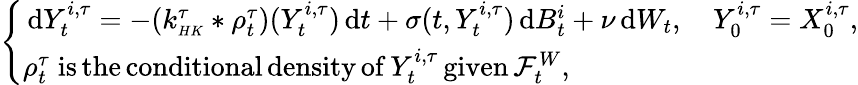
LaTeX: \begin{array}{r}{\left\{ \begin{array}{ll}{\, \mathrm{d}Y_{t}^{i,\tau}=-(k_{\scriptscriptstyle{HK}}^{\tau}*\rho_{t}^{\tau})(Y_{t}^{i,\tau})\, \mathrm{d}t+\sigma(t,Y_{t}^{i,\tau})\, \mathrm{d}B_{t}^{i}+\nu\, \mathrm{d}W_{t},\quad Y_{0}^{i,\tau}=X_{0}^{i,\tau},}\\ {\rho_{t}^{\tau}\; \mathrm{is\, the\, conditional\, density\, of}\, Y_{t}^{i,\tau}\, \mathrm{given}\, \mathcal{F}_{t}^{W},}\end{array}\right.}\end{array}